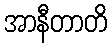
အာနီတာတိ